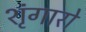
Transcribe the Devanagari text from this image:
शृंगारो